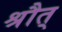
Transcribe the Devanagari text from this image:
श्रौत्